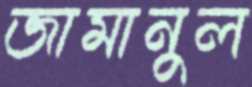
জামানুল